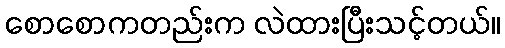
စောစောကတည်းက လဲထားပြီးသင့်တယ်။